Mental hospitals Bombay report 1921-28 - 1921-1928
Year: 1921
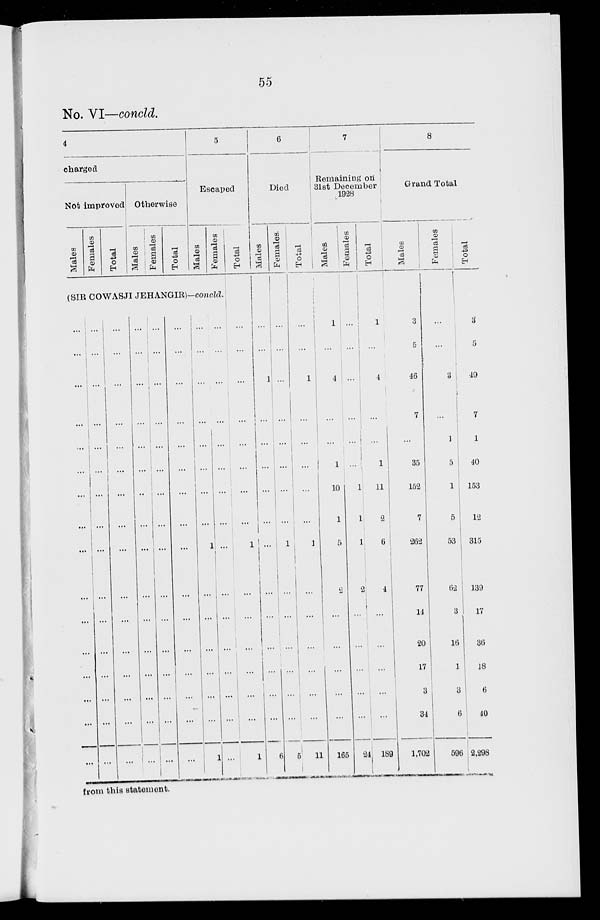
55
No. VI—concld.
4
charged
Not improved
Males
Females
Total
Otherwise
Males
Females
Total
5
Escaped
Males
Females
Total
(SIR COWASJI JEHANGIR)—concld.
...
...
...
...
...
...
...
...
...
...
...
...
...
...
...
...
...
...
...
...
...
...
...
...
...
...
...
...
...
...
...
...
...
...
...
...
...
...
...
...
...
...
...
...
...
...
...
...
...
...
...
...
...
...
...
...
...
...
...
...
...
...
...
1
...
...
...
...
...
...
...
...
...
...
...
...
...
...
...
...
...
...
...
...
...
...
...
...
...
...
...
...
...
...
...
...
...
...
...
...
...
...
...
...
1
...
...
...
...
...
...
1
...
...
...
...
...
...
...
...
...
...
...
...
...
...
...
...
...
...
...
...
...
...
...
...
1
...
...
...
...
...
...
1
6
Died
Males
...
...
1
...
...
...
...
...
...
...
...
...
...
...
...
6
Females
...
...
...
...
...
...
...
...
1
...
...
...
...
...
...
5
Total
...
...
1
...
...
...
...
...
1
...
...
...
...
...
...
11
7
Remaining on
31st December
1928
Males
1
...
4
...
...
1
10
1
5
2
...
...
...
...
...
165
Females
...
...
...
...
...
...
1
1
1
2
...
...
...
...
...
24
Total
1
...
4
...
...
1
11
2
6
4
...
...
...
...
...
189
8
Grand Total
Males
3
5
46
7
...
35
152
7
262
77
14
20
17
3
34
1,702
Females
...
...
3
...
1
5
1
5
53
62
3
16
1
3
6
596
Total
3
5
49
7
1
40
153
12
315
139
17
36
18
6
40
2,298
from this statement.